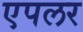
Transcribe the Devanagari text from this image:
एपलर